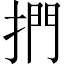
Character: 捫